Annual returns of the Patna Lunatic Asylum at Bankipore in Bihar and Orissa - 1912-1924
Year: 1912
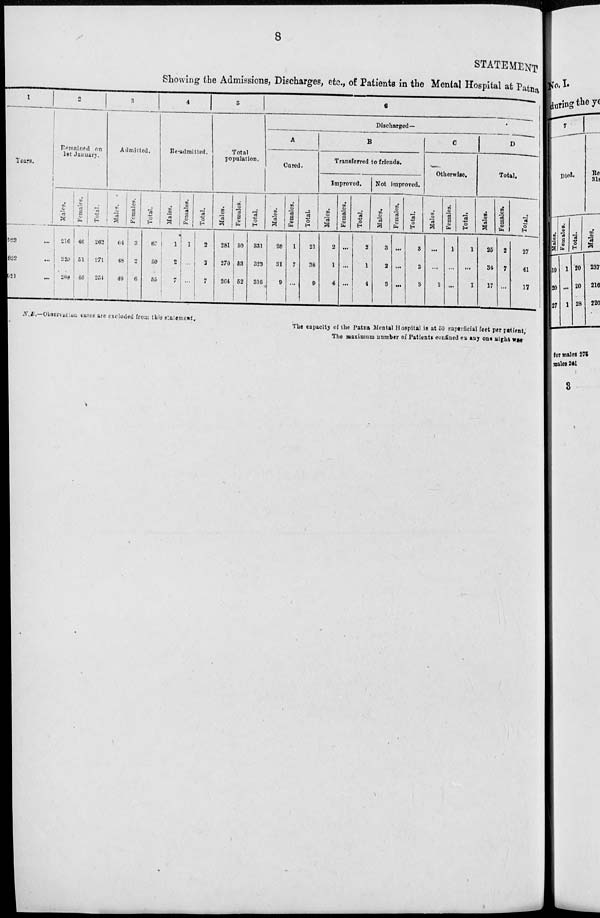
8
STATEMENT
Showing the Admissions, Discharges, etc., of Patients in the Mental Hospital at Patna.
1
Years.
923 ...
922 ...
921 ...
2
Remained on
1st January.
Males.
216
220
208
Females.
46
1
46
Total.
262
271
254
3
Admitted.
Males.
64
48
49
Females.
3
2
6
Total.
67
50
55
4
Re-admitted.
Males.
1
2
7
Females.
1
...
...
Total.
2
7
5
Total
population.
Males.
281
270
264
Females.
50
53
52
Total.
331
323
316
6
Discharged—
A
Cured.
Males.
20
31
9
Females.
1
7
...
Total.
21
38
9
B
Transferred to friends.
Improved.
Males.
2
1
4
Females.
...
...
...
Total.
2
1
4
Not improved.
Males.
3
2
3
Females.
...
...
Total.
3
2
3
C
Otherwise.
Males.
...
...
1
Females.
1
...
...
Total.
1
...
1
D
Total.
Males.
25
34
17
Females.
2
7
...
Total.
27
41
17
N.B.—Observation cases are excluded from this statement.
The capacity of the Patna Mental Hospital is at 50 superficial feet per patient,
The maximum number of Patients confined on any one night was